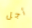
أجل